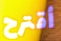
أقترح